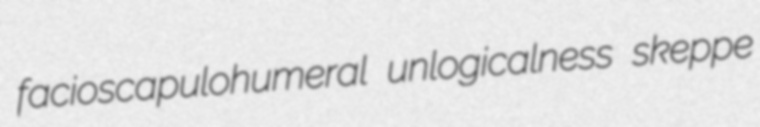
facioscapulohumeral unlogicalness skeppe